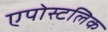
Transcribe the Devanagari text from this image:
एपोस्टलिक